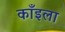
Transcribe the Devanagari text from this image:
काँइला